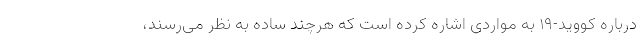
درباره کووید-۱۹ به مواردی اشاره کرده است که هرچند ساده به نظر می‌رسند،